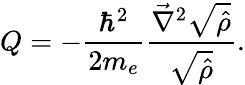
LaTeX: Q=-\frac{\hbar^{2}}{2m_{e}}\frac{\vec{\nabla}^{2}\sqrt{\hat{\rho}}}{\sqrt{\hat{\rho}}}.